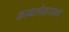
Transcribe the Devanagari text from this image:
काव्यलेखनाकडे